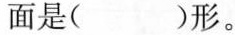
的面是( )形。